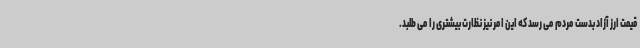
قیمت ارز آزاد بدست مردم می رسد که این امر نیز نظارت بیشتری را می طلبد.